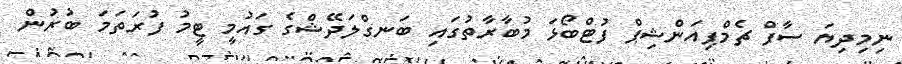
ނިމިދިޔަ ސާފް ޗެމްޕިއަންޝިޕް ފުޓްބޯޅަ މުބާރާތުގައި ބަނގްލަދޭޝްގެ ގައުމީ ޓީމު ފުރަތަމަ ބުރުން